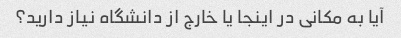
آیا به مکانی در اینجا یا خارج از دانشگاه نیاز دارید؟